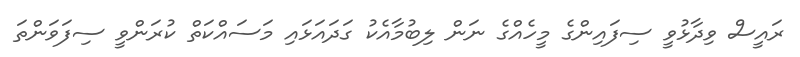
ރައީސް ވިދާޅުވީ ސިފައިންގެ މީހެއްގެ ނަން ލިބުމާއެކު ގަދައަޅައި މަސައްކަތް ކުރަންވީ ސިފަވަންތަ